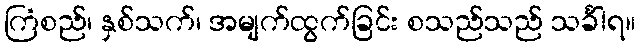
ကြံစည်၊ နှစ်သက်၊ အမျက်ထွက်ခြင်း စသည်သည် သင်္ခါရ။